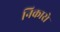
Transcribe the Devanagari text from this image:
निकारो